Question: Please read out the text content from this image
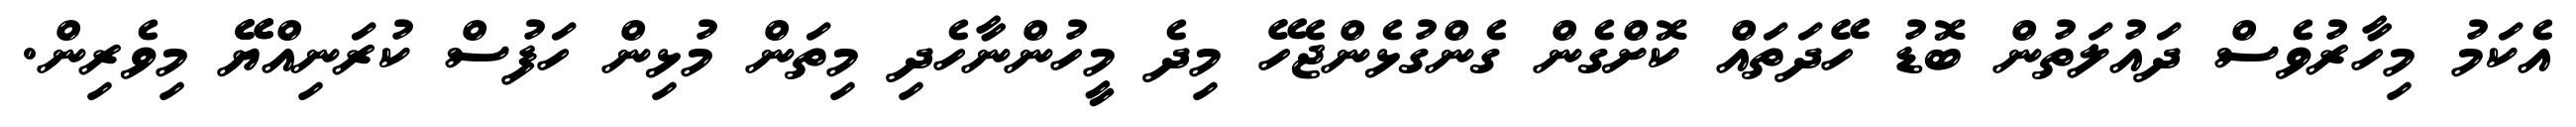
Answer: އެކަމު މިހާރުވެސް ދައުލަތުން ބޮޑު ހޭދަތައް ކޮށްގެން ގެންގުޅެންޖެހޭ މިދެ މީހުންނާހެދި މިތަން މުޅިން ހަފުސް ކުރަނިއްޔޭޭ މިވެރިން.